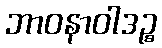
ဘာဝနာဝါဒဉ္စ